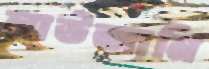
লাউজানি